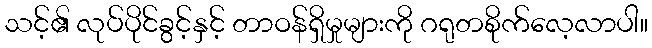
သင့်၏ လုပ်ပိုင်ခွင့်နှင့် တာဝန်ရှိမှုများကို ဂရုတစိုက်လေ့လာပါ။